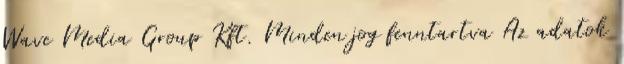
Wave Media Group Kft. Minden jog fenntartva Az adatok